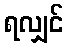
ရလျှင်